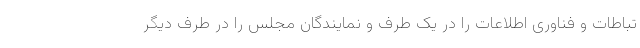
تباطات و فناوری اطلاعات را در یک طرف و نمایندگان مجلس را در طرف دیگر